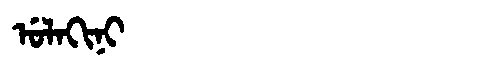
Manchu: ᡠᠯᠠᡴᡳᠨᡳ
Romanization: ULAKINI